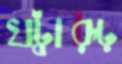
খট্বারূঢ়